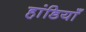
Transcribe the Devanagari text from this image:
हांडियाँ